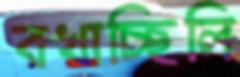
বখাচ্ছিলি